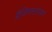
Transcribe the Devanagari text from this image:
ग्रैंडिफ्लारम